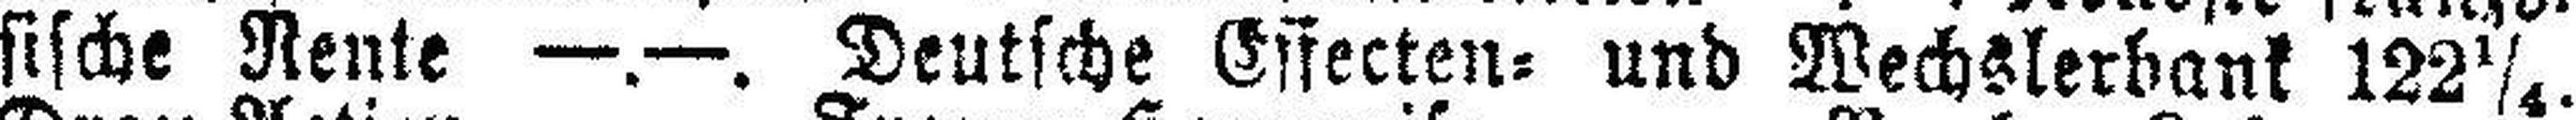
sische Rente —.—. Deutsche Effecten= und Wechslerbank 122¼.